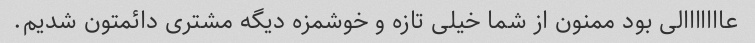
عااااااالی بود ممنون از شما خیلی تازه و خوشمزه دیگه مشتری دائمتون شدیم.